Report on sanitation, dispensaries, and jails in Rajputana for 1919, and on vaccination for the year 1919-1920 - 1919-1920
Year: 1919
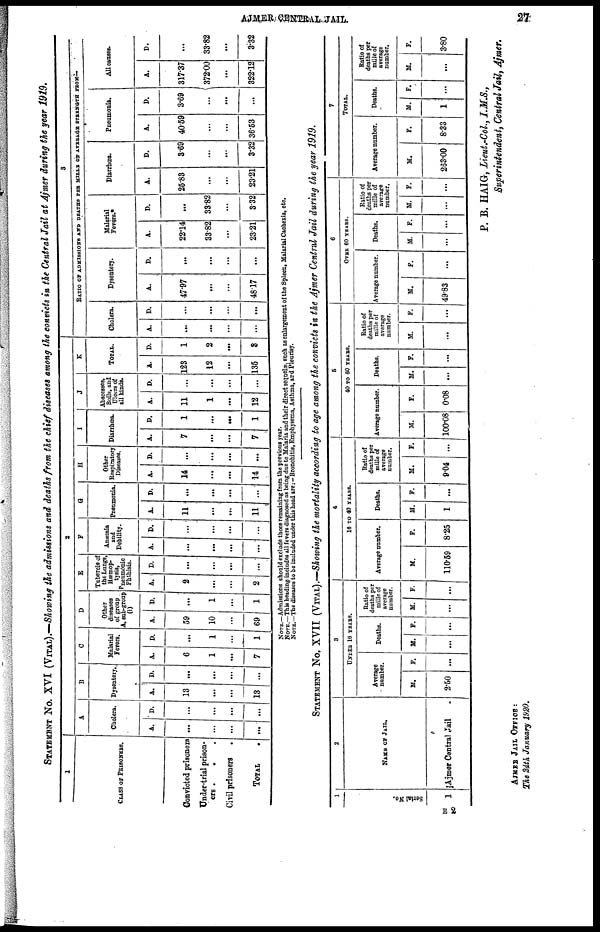
AJMER CENTRAL JAIL
27
STATEMENT No. XVI (VITAL).—Showing the admissions and deaths from the chief diseases among the convicts in the Central Jail at Ajmer during the year 1919.
1
CLASS OF PRISONERS.
Convicted prisoners
Under-trial prison-
ers . . .
Civil prisoners .
TOTAL
.
2
A
Cholera.
A.
...
...
...
...
D.
...
...
...
...
B
Dysentery.
A.
13
...
...
13
D.
...
...
...
...
C
Malarial
Fevers.
A.
6
1
...
7
D.
...
1
...
1
D
Other
diseases
of group
A, sub-group
(i)
A.
59
10
...
69
D.
...
1
...
1
E
Tubercle of
the Lungs,
Hæmop-
tysis,
Pneumonic
Phthisis.
A.
2
...
...
2
D.
...
...
...
...
F
Anæmia
and
Debility.
A.
...
...
...
...
D.
...
...
...
...
G
Pneumonia.
A.
11
...
...
11
D.
...
...
...
...
H
Other
Respiratory
Diseases.
A.
14
...
...
14
D.
...
...
...
...
I
Diarrhœa.
A.
7
...
...
7
D.
1
...
...
1
J
Abscesses,
Boils, and
Ulcers of
all kinds.
A.
11
1
...
12
D.
...
...
...
...
K
TOTAL.
A.
123
12
...
135
D.
1
2
...
3
3
RATIO OF ADMISSIONS AND DEATHS PRE MILLE OF AVERAGE STRENGTH FROM—
Cholera.
A.
...
...
...
...
D.
...
...
...
...
Dysentery.
A.
47.97
...
...
48.17
D.
...
...
...
...
Malarial
Fevers.*
A.
22.14
33.82
...
23.21
D.
...
33.82
...
3.32
Diarrhœa.
A.
25.83
...
...
23.21
D.
3.69
...
...
3.32
Pneumonia.
A.
40.59
...
...
36.53
D.
3.69
...
...
...
All causes.
A.
317.37
372.00
...
322.12
D.
...
33.82
...
3.32
NOTE.—Admissions should exclude those remaining from the previous year.
NOTE.—This heading includes all fevers diagnosed as being due to Malaria and their direct sequelæ, such as enlargement of the Spleen, Malarial Cachexia, etc.
NOTE.—The diseases to be included under this head are: — Bronchitis, Emphysema, Asthma, and Plenrisy.
STATEMENT No. XVII (VITAL).—Showing the mortality according to age among the convicts in the Ajmer Central Jail during the year 1919.
1
Serial No.
1
2
NAME OF JAIL.
Ajmer Central Jail
3
UNDER 16 YEARS.
Average
number.
M.
2.50
F.
...
Deaths.
M.
...
F.
...
Ratio of
deaths per
mille of
average
number.
M.
...
F.
...
4
16 TO 40 YEARS.
Average number.
M.
110.59
F.
8.25
Deaths.
M.
1
F.
...
Ratio of
deaths per
mille of
average
number.
M.
9.04
F.
...
5
40 to 60 YEARS.
Average number.
M.
100.08
F.
0.08
Deaths.
M.
...
F.
...
Ratio of
deaths per
mille of
average
number.
M.
...
F.
...
6
OVER 60 YEARS.
Average number.
M.
49.83
F.
...
Deaths.
M.
...
F.
...
Ratio of
deaths per
mille of
average
number.
M.
...
F.
...
7
TOTAL.
Average number.
M.
263.00
F.
8033
Deaths.
M.
1
F.
...
Ratio of
deaths per
mille of
average
number.
M.
...
F.
3.80
E2
AJMER JAIL OFFICE :
The 24th January 1920.
P. B. HAIG, Lieut.-Col., I.M.S.,
Superintendent, Central Jail, Ajmer.